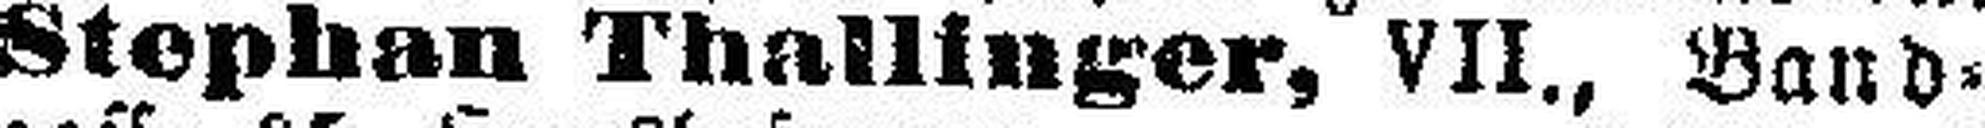
Stephan Thallinger, VII., Band¬